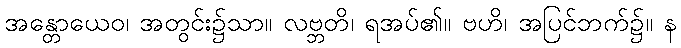
အန္တောယေဝ၊ အတွင်း၌သာ။ လဗ္ဘတိ၊ ရအပ်၏။ ဗဟိ၊ အပြင်ဘက်၌။ န